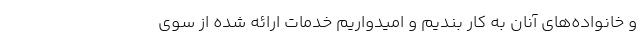
و خانواده‌های آنان به کار بندیم و امیدواریم خدمات ارائه شده از سوی